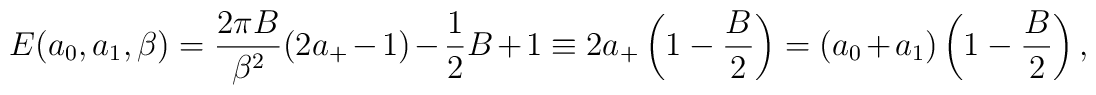
E(a_0,a_1,\beta)=  \frac{2\pi B}{\beta^2}(2a_+-1)-\frac{1}{2} B+1\equiv 2a_+\left(1-\frac{B}{ 2}\right)= (a_0+a_1)\left(1-\frac{B}{ 2}\right),